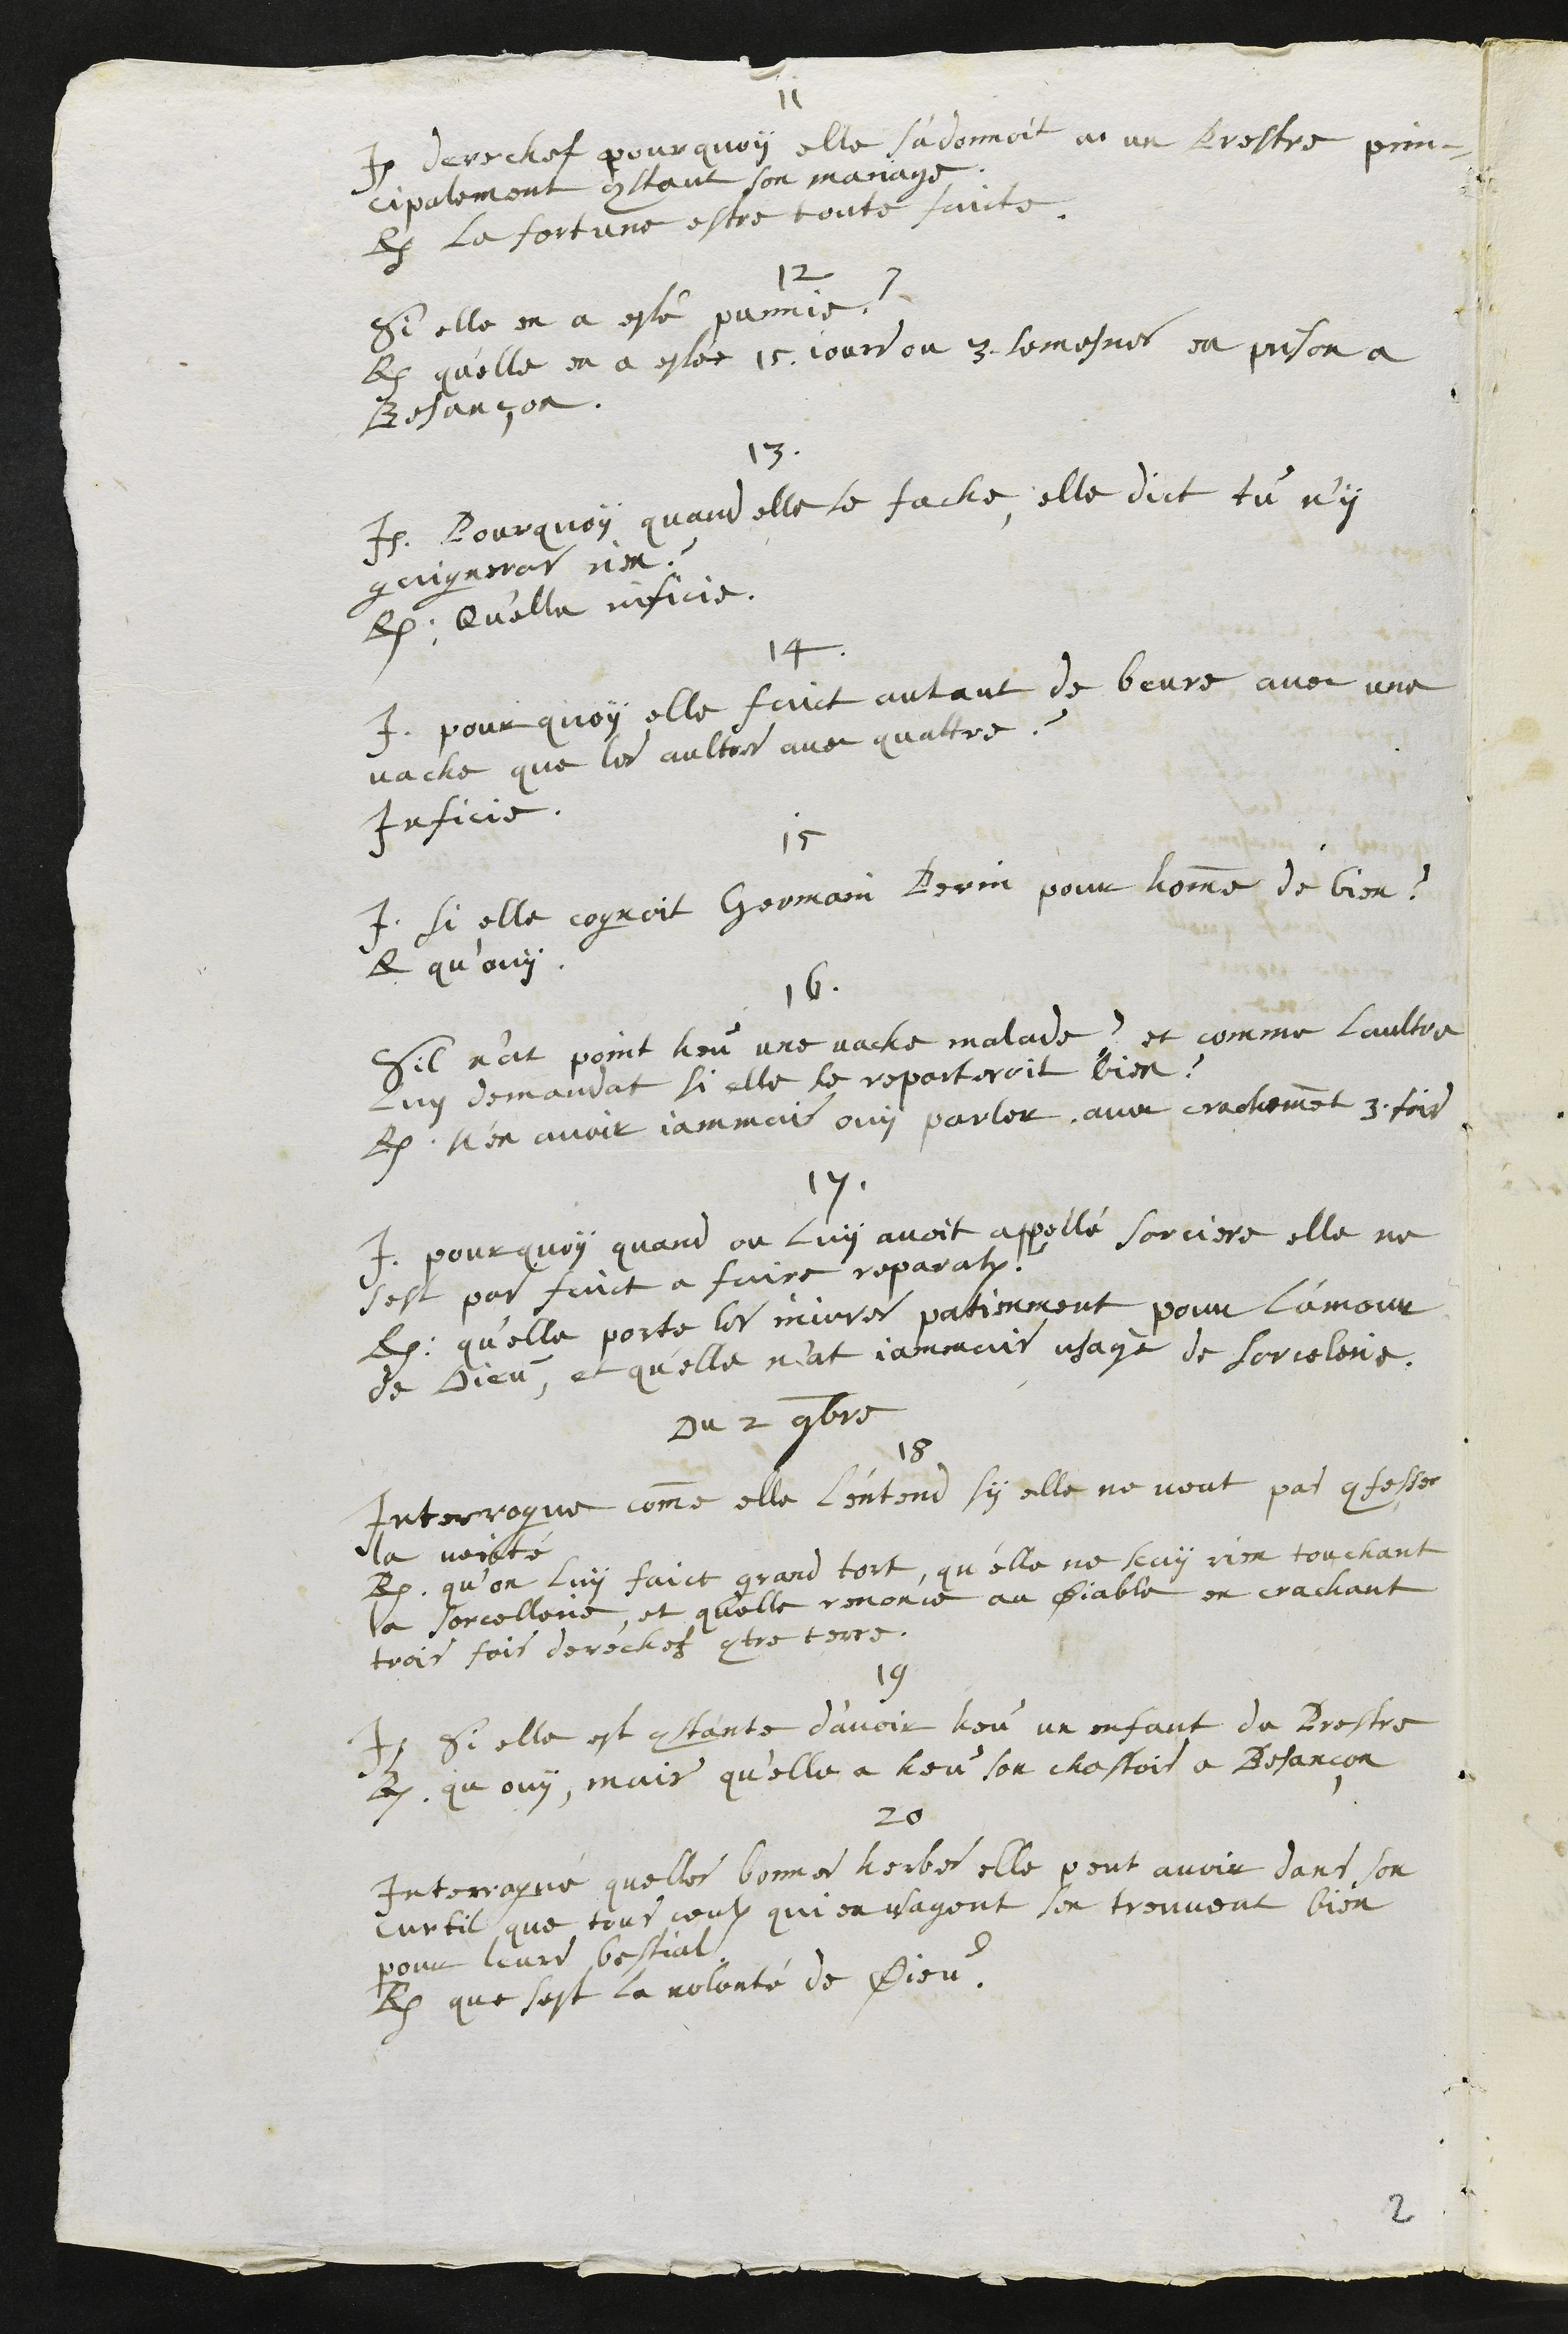
11
I. derechef pourquoy elle s'adonnoit a un Pestre prin¬
cipalement constant son mariage
R. La fortune estre toute faicte.
12
Si elle en a esté punnie ?
R. qu'elle en a estée 15 jours ou 3 semesnes en prison a
Besançon
13
I. Pourquoy quand elle se fache, elle dict tu n'y
gaigneras rien ?
R. Qu'elle inficie
14
I. pour quoy elle faict autant de beure avec une
vache que les aultres avec quattre ?
Inficie
15
I. si elle cognoit Germain Perin pour homme de bien ?
R. qu'ouy
16
Sil n’at point heu une vache malade ? et comme laultre
luy demandat si elle le reporteroit bien ?
R. N'en avoir jammais ouy parler avec crachemment 3 fois
17
I. pourquoy quand on luy avoit appellé sorciere, elle ne
sest pas faict a faire reparation
R. qu'elle porté les injures patienment pour l'amour
de Dieu, et quelle n’at jammais usagé de sorcelerie
Du 2 9bre
18
Interrogué comme elle l'entend sy elle ne veut pas confesser
la verité
R. qu’on luy faict grand tort, qu’elle ne scay rien touchant
la sorcellerie, et qu'elle renonce au Diable en crachant
trois fois derechef contre terre.
19
I Si elle est constante d’avoir heu un enfant du Prestre
R. qu’ouy, mais qu'elle a heu son chastois a Besançon
20
Interrogué quelle bonnes herbes elle peut avoir dans son
Curtil que tous ceulx qui en usagent sen trouvent bien
pour leurs bestial
R. que sest la volonté de Dieu.
2